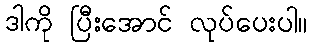
ဒါကို ပြီးအောင် လုပ်ပေးပါ။